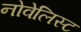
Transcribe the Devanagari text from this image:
नोवेलिस्ट